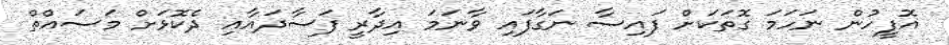
އޮފީހުން ނަހަމަ ގޮތަކަށް ފައިސާ ނަގާފައި ވާނަމަ އިދާރީ ފަސާދައާއި ދެކޮޅަށް މަސައްތް